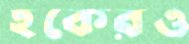
হকেরও